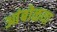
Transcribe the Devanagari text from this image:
आंबोळया